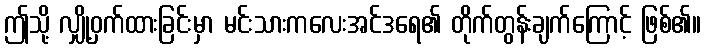
ဤသို့ လျှို့ဝှက်ထားခြင်းမှာ မင်းသားကလေးအင်ဒရေ၏ တိုက်တွန်းချက်ကြောင့် ဖြစ်၏။